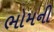
ભોમની